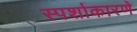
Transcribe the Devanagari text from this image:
स्पर्शाकारणे